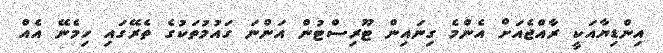
އިންޑިޔާއަކީ ރާއްޖެއަށް އެންމެ ގިނައިން ޓޫރިސްޓުން އަންނަ ގައުމުތަކުގެ ތެރޭގައި ހިމެނޭ އެއް